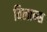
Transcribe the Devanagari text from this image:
विलान्स